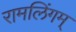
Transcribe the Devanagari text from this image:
रामलिंगम्